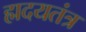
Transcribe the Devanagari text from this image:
ह्मदयतंत्र